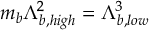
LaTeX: m _ { b } \Lambda _ { b , h i g h } ^ { 2 } = \Lambda _ { b , l o w } ^ { 3 }